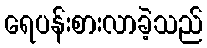
ရေပန်းစားလာခဲ့သည်